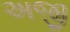
અજી